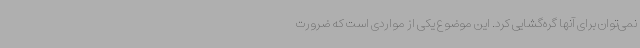
نمی‌توان برای آنها گره‌گشایی کرد. این موضوع یکی از مواردی است که ضرورت